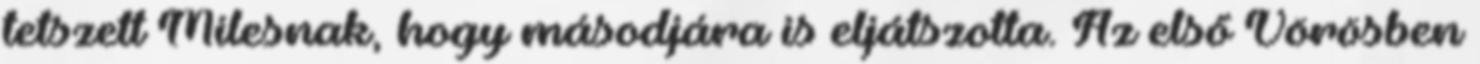
tetszett Milesnak, hogy másodjára is eljátszotta. Az első Vörösben